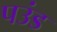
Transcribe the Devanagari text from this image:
पउंड